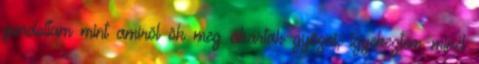
gondoltam mint amirõl õk meg akartak gyõzni, igyekeztem minél